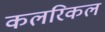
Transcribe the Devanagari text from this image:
कलरिकल